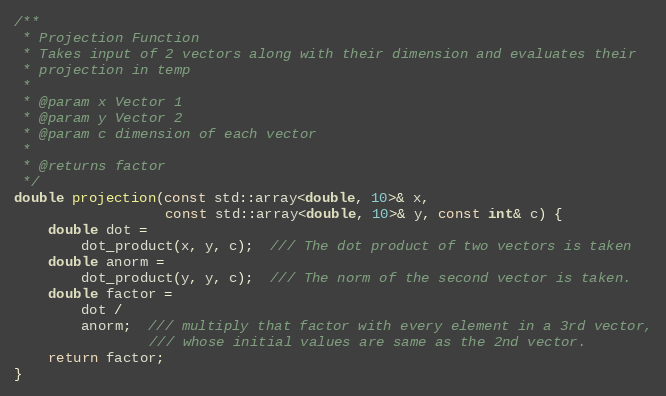
Language: C++
/**
 * Projection Function
 * Takes input of 2 vectors along with their dimension and evaluates their
 * projection in temp
 *
 * @param x Vector 1
 * @param y Vector 2
 * @param c dimension of each vector
 *
 * @returns factor
 */
double projection(const std::array<double, 10>& x,
                  const std::array<double, 10>& y, const int& c) {
    double dot =
        dot_product(x, y, c);  /// The dot product of two vectors is taken
    double anorm =
        dot_product(y, y, c);  /// The norm of the second vector is taken.
    double factor =
        dot /
        anorm;  /// multiply that factor with every element in a 3rd vector,
                /// whose initial values are same as the 2nd vector.
    return factor;
}